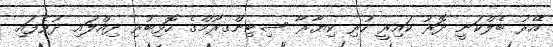
އޭރު ބެލްކަނީ ދޮރު ކައިރީ ހުރި ކިޔާރާ ސިޓިންގރޫމްގެ ހޮޅިބުރި ދިއްލައި ދުވެފައި